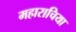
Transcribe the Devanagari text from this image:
महाराचिया